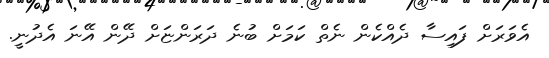
އެވަރަށް ފައިސާ ދެއްކެން ނެތް ކަމަށް ބުނެ ދަރަންޏަށް ދޭން އޭނަ އެދުނީ.